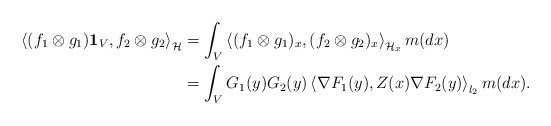
\begin{align*}\left\langle (f_1\otimes g_1)\mathbf{1}_V, f_2\otimes g_2\right\rangle_{\mathcal{H}}&=\int_V\left\langle (f_1\otimes g_1)_x, (f_2\otimes g_2)_x\right\rangle_{\mathcal{H}_x}m(dx)\\&=\int_V G_1(y)G_2(y)\left\langle \nabla F_1(y), Z(x)\nabla F_2(y)\right\rangle_{l_2} m(dx).\end{align*}